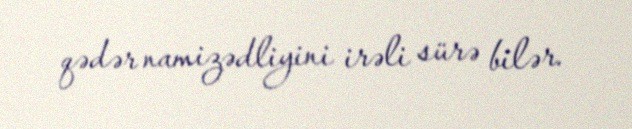
qədər namizədliyini irəli sürə bilər.